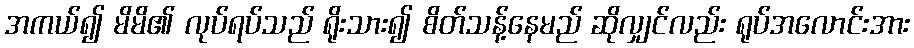
အကယ်၍ မိမိ၏ လုပ်ရပ်သည် ရိုးသား၍ စိတ်သန့်နေမည် ဆိုလျှင်လည်း ရုပ်အလောင်းအား